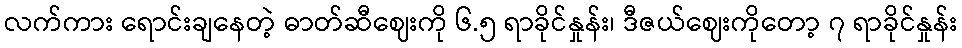
လက်ကား ရောင်းချနေတဲ့ ဓာတ်ဆီဈေးကို ၆.၅ ရာခိုင်နှုန်း၊ ဒီဇယ်ဈေးကိုတော့ ၇ ရာခိုင်နှုန်း